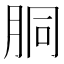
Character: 胴